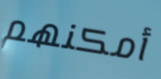
أمكنهم